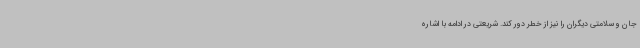
جان و سلامتی دیگران را نیز از خطر دور کند. شریعتی در ادامه با اشاره